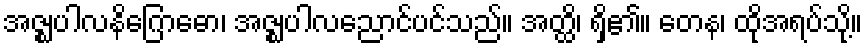
အဇ္ဈပါလနိဂြောဓော၊ အဇ္ဈပါလညောင်ပင်သည်။ အတ္ထိ၊ ရှိ၏။ တေန၊ ထိုအရပ်သို့။